Vaccination in Bombay 1856-1862 - 1856-1862
Year: 1856
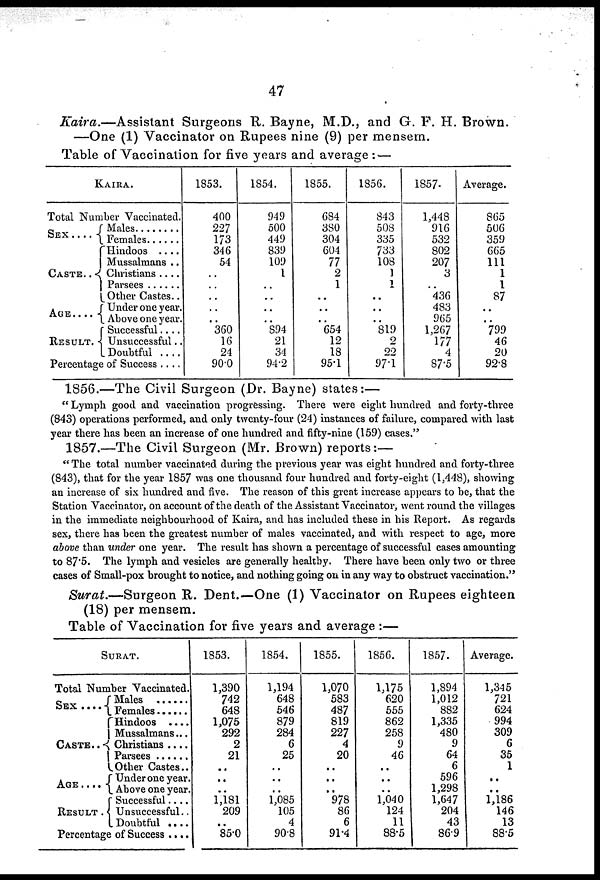
47
Kaira.—Assistant
Surgeons R. Bayne, M.D., and G. F. H. Brown.
—One (1) Vaccinator on Rupees nine (9) per mensem.
Table of Vaccination for five years and average : —
KAIRA.
Total Number Vaccinated.
SEX
. . .
CASTE . . .
AGE . . . .
RESULT .
Males . . . .
Females . . . .
Hindoos . . . .
Mussalmans . . .
Christians . . . .
Parsees . . . .
Other Castes..
Under one year.
Above one year.
Successful . . .
Unsuccessful . .
Doubtful . . . .
Percentage of Success . . . .
1853.
400
227
173
346
54
..
..
..
..
..
360
16
24
90.0
1854.
949
500
449
839
109
1
..
..
..
..
894
21
34
94.2
1855.
684
380
304
604
77
2
1
..
..
..
654
12
18
95.1
1856.
843
508
335
733
108
1
1
..
..
..
819
9
22
97.1
1857.
1,448
916
532
802
207
3
..
436
483
965
1,267
177
4
87.5
Average.
865
506
359
665
111
1
1
87
..
..
799
46
20
92.8
1856.—The Civil Surgeon (Dr. Bayne) states:—
" Lymph good and vaccination progressing. There were eight hundred and forty-three
(843) operations performed, and only twenty-four (24) instances of failure, compared with last
year there has been an increase of one hundred and fifty-nine (159) cases."
1857.—The Civil Surgeon (Mr. Brown) reports:—
" The total number vaccinated during the previous year was eight hundred and forty-three
(843), that for the year 1857 was one thousand four hundred and forty-eight (1,448), showing
an increase of six hundred and five. The reason of this great increase appears to be, that the
Station Vaccinator, on account of the death of the Assistant Vaccinator, went round the villages
in the immediate neighbourhood of Kaira, and has included these in his Report. As regards
sex, there has been the greatest number of males vaccinated, and with respect to age, more
above than under one year. The result has shown a percentage of successful cases amounting
to 87.5. The lymph and vesicles are generally healthy. There have been only two or three
cases of Small-pox brought to notice, and nothing going on in any way to obstruct vaccination."
Surat.—Surgeon
R. Dent.—One (1) Vaccinator on Rupees eighteen
(18) per mensem.
Table of Vaccination for five years and average :—
SURAT.
Total Number Vaccinated.
SEX . . .
CASTE . . .
AGE . . . .
RESULT .
Males . . . .
Females . . . . .
Hindoos . . . .
Mussalmans . . . .
Christians . . . .
Parsees . . . .
Other Castes . . .
Under one year.
Above one year.
Successful . . .
Unsuccessful . .
Doubtful ....
Percentage of Success ....
1853.
1,390
742
648
1,075
292
2
21
..
..
..
1,181
209
,.
85.0
1854.
1,194
648
546
879
284
6
25
..
..
..
1,085
105
4
90.8
1855.
1,070
583
487
819
227
4
20
..
..
..
978
86
6
91.4
1856.
1,175
620
555
862
258
9
46
..
..
..
1,040
124
11
88.5
1857.
1,894
1,012
882
1,335
480
9
64
6
596
1,298
1,647
204
43
86.9
Average.
1,345
721
624
994
309
6
35
1
..
..
1,186
146
13
88.5